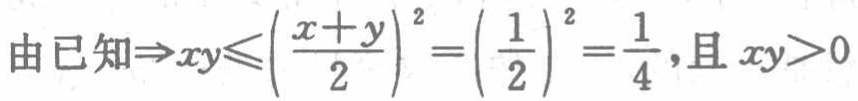
由已知\(\Rightarrow xy\leqslant\left(\frac{x + y}{2}\right)^{2}=\left(\frac{1}{2}\right)^{2}=\frac{1}{4}\),且 \(xy>0\)